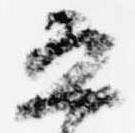
恐